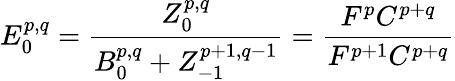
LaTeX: E_{0}^{p,q}={\frac{Z_{0}^{p,q}}{B_{0}^{p,q}+Z_{-1}^{p+1,q-1}}}={\frac{F^{p}C^{p+q}}{F^{p+1}C^{p+q}}}